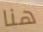
هنا